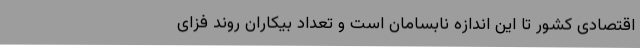
اقتصادی کشور تا این اندازه نابسامان است و تعداد بیکاران روند فزای